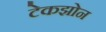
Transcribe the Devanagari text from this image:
टेकझोन